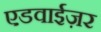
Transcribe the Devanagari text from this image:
एडवाईज़र